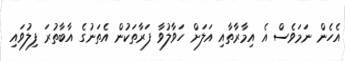
އެހެން ނަމަވެސް އެ އިމާރާތާއި އަލަށް ހަވާލުވާ ފަރާތަކުން އެތަނުގެ އާބާތުރަ ފިލުވައި